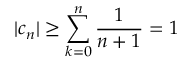
| c _ { n } | \geq \sum _ { k = 0 } ^ { n } { \frac { 1 } { n + 1 } } = 1